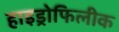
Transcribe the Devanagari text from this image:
हाइड्रोफिलीक